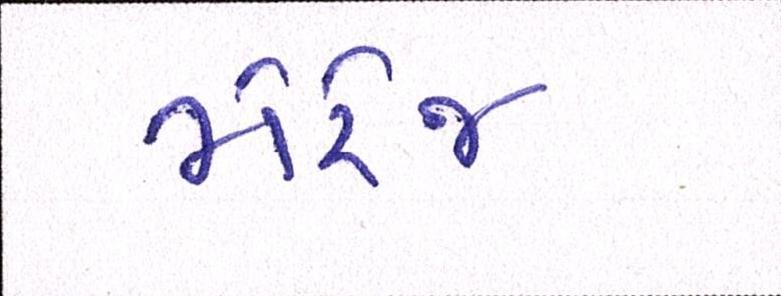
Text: મેરેજ